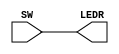

module lab1_part1 (SW, LEDR);
input [17:0] SW; // slide switches
output [17:0] LEDR; // red LEDs
assign LEDR = SW;
endmodule